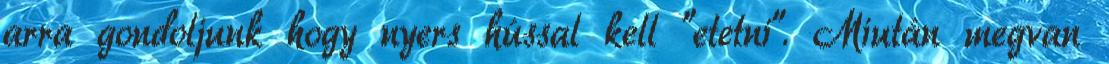
arra gondoljunk hogy nyers hússal kell "etetni". Miután megvan